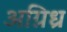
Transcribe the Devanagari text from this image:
अग्निध्र